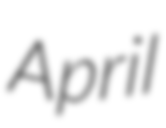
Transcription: April